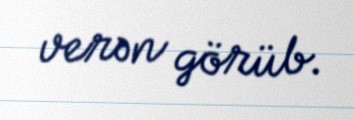
verən görüb.